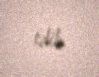
edib.